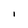
Character: i